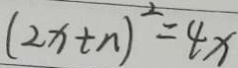
( 2 x + n ) ^ { 2 } = 4 x